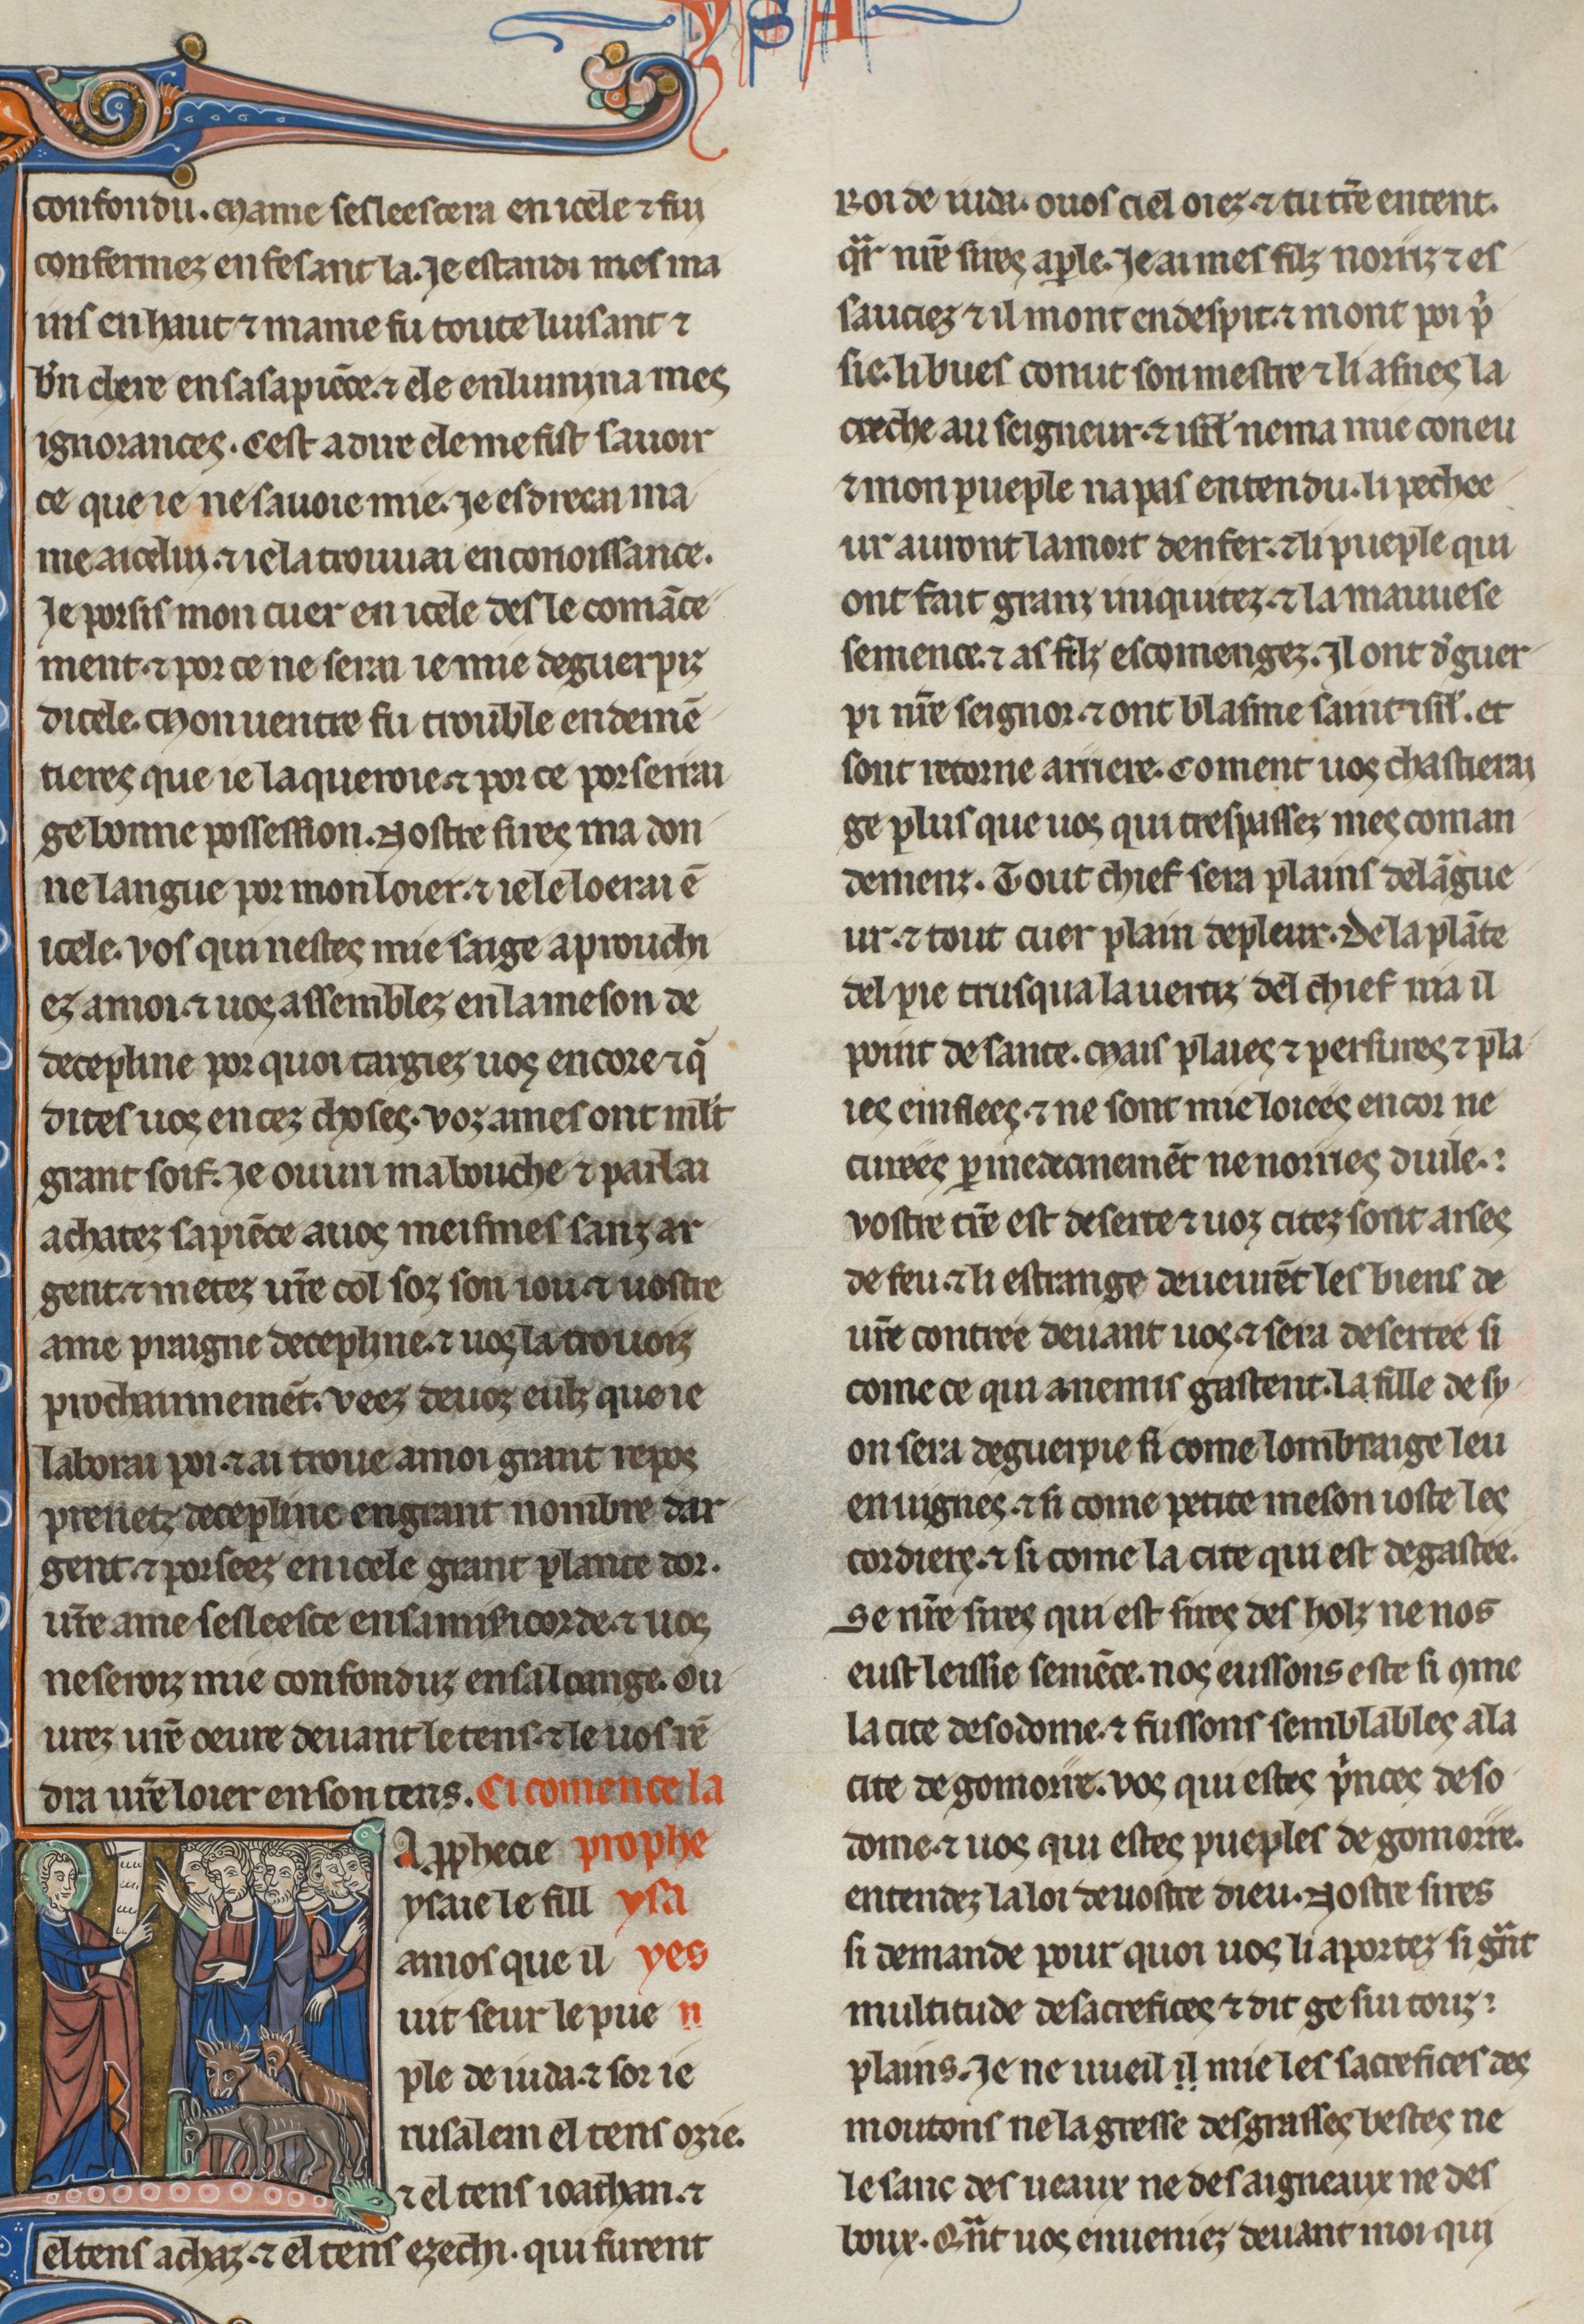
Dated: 1260–1269